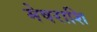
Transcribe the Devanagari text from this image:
मेषराशि